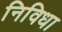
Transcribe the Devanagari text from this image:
निविधा